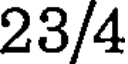
23/4